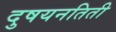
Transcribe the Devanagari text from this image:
दुषयनतिती